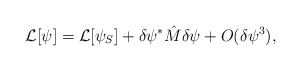
\begin{align*}{\cal L}[\psi]={\cal L}[\psi_{S}]+\delta\psi^{*}\hat{M}\delta\psi+O(\delta\psi^{3}),\end{align*}